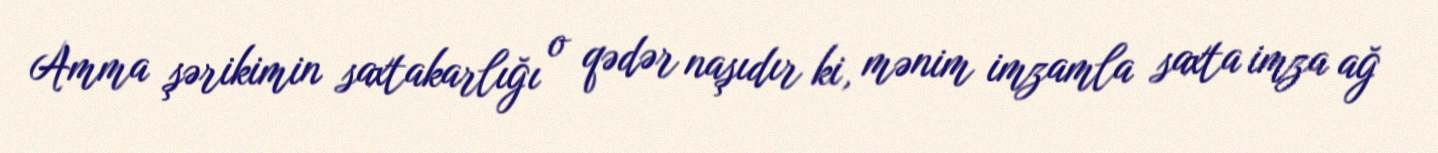
Amma şərikimin saxtakarlığı o qədər naşıdır ki, mənim imzamla saxta imza ağ